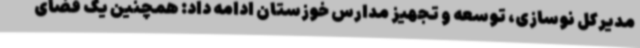
مدیرکل نوسازی، توسعه و تجهیز مدارس خوزستان ادامه داد: همچنین یک فضای